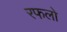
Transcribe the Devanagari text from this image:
रफलो